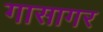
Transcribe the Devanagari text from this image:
गासागर